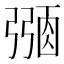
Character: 𢐜